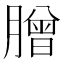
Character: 𦠇